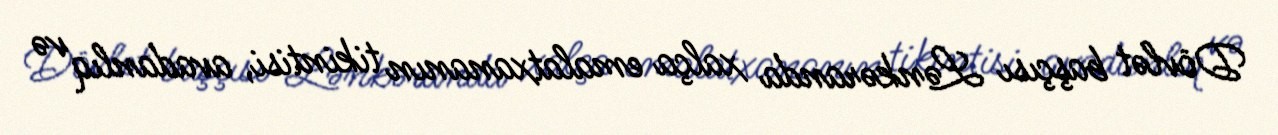
Dövlət başçısı Lənkəranda xalça emalatxananın tikintisi, avadanlıq və